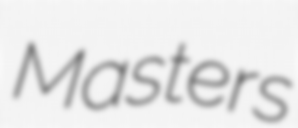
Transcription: Masters